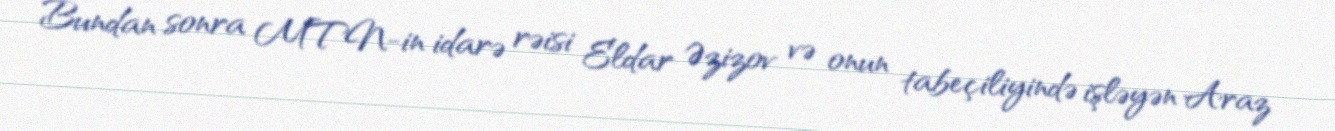
Bundan sonra MTN-in idarə rəisi Eldar Əzizov və onun tabeçiliyində işləyən Araz